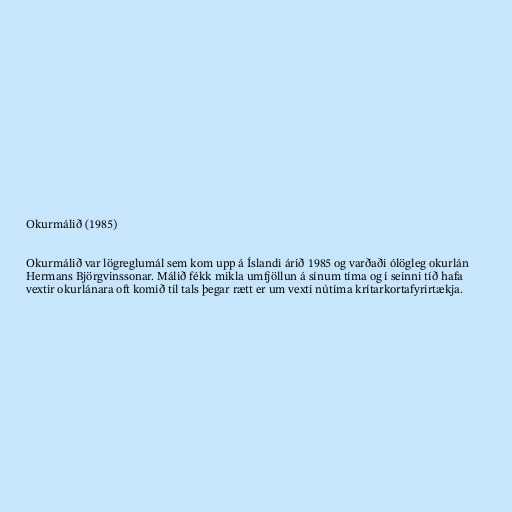
Okurmálið (1985)

Okurmálið var lögreglumál sem kom upp á Íslandi árið 1985 og varðaði ólögleg okurlán
Hermans Björgvinssonar. Málið fékk mikla umfjöllun á sínum tíma og í seinni tíð hafa
vextir okurlánara oft komið til tals þegar rætt er um vexti nútíma krítarkortafyrirtækja.